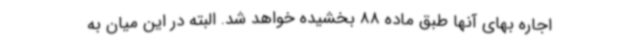
اجاره بهای آنها طبق ماده 88 بخشیده خواهد شد. البته در این میان به